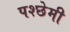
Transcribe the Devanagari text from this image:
पश्छेमी